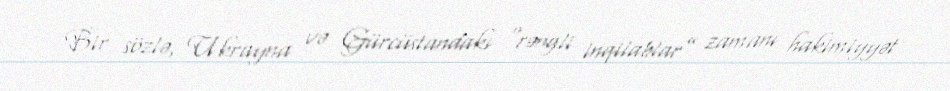
Bir sözlə, Ukrayna və Gürcüstandakı “rəngli inqilablar” zamanı hakimiyyət